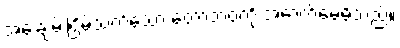
အေးချမ်းငြိမ်သက်သော တောဘဝကို အောက်မေ့မိသည်။